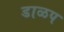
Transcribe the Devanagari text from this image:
डाळप